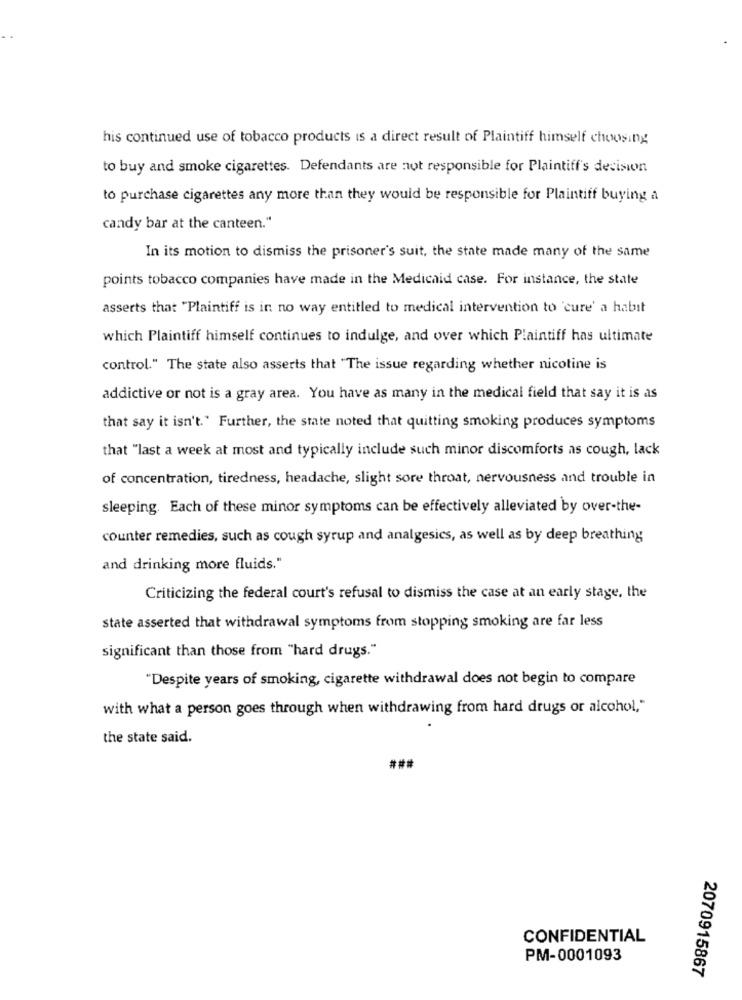
his continued use of tobacco products is a direct result of Plaintiff himself choosing
to buy and smoke cigarettes. Defendants are not responsible for Plaintiff's decision
to purchase cigarettes any more than they would be responsible for Plaintiff buying a
candy bar at the canteen."
In its motion to dismiss the prisoner's suit, the state made many of the same
points tobacco companies have made in the Medicaid case. For instance, the state
asserts that "Plaintiff is in no way entitled to medical intervention to 'cure' a habit
which Plaintiff himself continues to indulge, and over which Plaintiff has ultimate
control." The state also asserts that "The issue regarding whether nicotine is
addictive or not is a gray area. You have as many in the medical field that say it is as
that say it isn't." Further, the state noted that quitting smoking produces symptoms
that "last a week at most and typically include such minor discomforts as cough, lack
of concentration, tiredness, headache, slight sore throat, nervousness and trouble in
sleeping. Each of these minor symptoms can be effectively alleviated by over-the-
counter remedies, such as cough syrup and analgesics, as well as by deep breathing
and drinking more fluids."
Criticizing the federal court's refusal to dismiss the case at an early stage, the
state asserted that withdrawal symptoms from stopping smoking are far less
significant than those from "hard drugs."
"Despite years of smoking, cigarette withdrawal does not begin to compare
with what a person goes through when withdrawing from hard drugs or alcohol,"
the state said.
###
CONFIDENTIAL
PM-0001093
2070915867